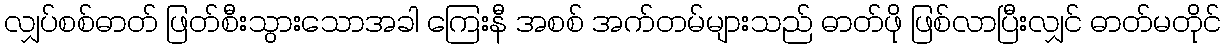
လျှပ်စစ်ဓာတ် ဖြတ်စီးသွားသောအခါ ကြေးနီ အစစ် အက်တမ်များသည် ဓာတ်ဖို ဖြစ်လာပြီးလျှင် ဓာတ်မတိုင်